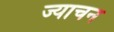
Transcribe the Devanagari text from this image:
ज्याचन